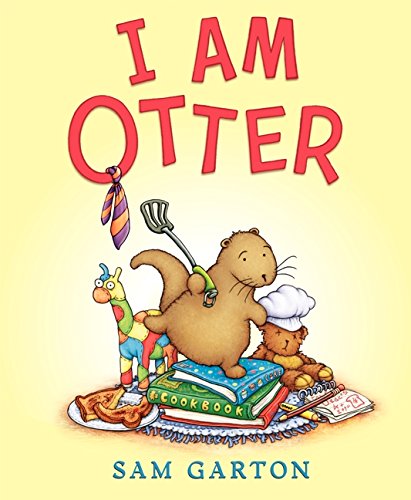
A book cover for I Am Otter; Sam Garton; Children's Books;